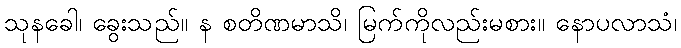
သုနခေါ၊ ခွေးသည်။ န စတိဏမာသိ၊ မြက်ကိုလည်းမစား။ နောပလာသံ၊